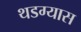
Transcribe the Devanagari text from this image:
थडग्यास